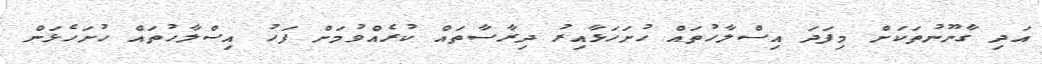
އަދި ގާނޫނުތަކަށް މިފަދަ އިސްލާހުތައް ހުށަހަޅާއިރު ދިރާސާތައް ކުރެއްވުމަށް ފަހު އިސްލާހުތައް ހުށަހެޅަން